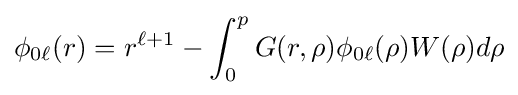
\phi _{0\ell }(r)=r^{\ell +1}-\int _{0}^{p}G(r,\rho )\phi _{0\ell }(\rho )W(\rho )d\rho